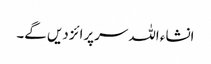
انشاء اللہ سرپرائز دیں گے۔